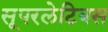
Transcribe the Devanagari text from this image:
सूपरलेटिवस